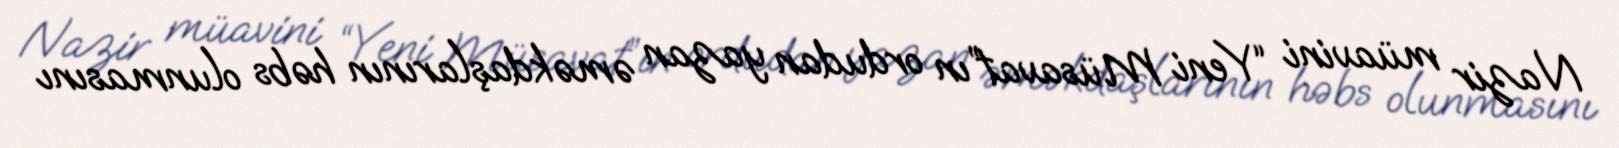
Nazir müavini “Yeni Müsavat”ın ordudan yazan əməkdaşlarının həbs olunmasını